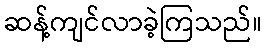
ဆန့်ကျင်လာခဲ့ကြသည်။